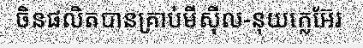
ចិនផលិតបានគ្រាប់មីស៊ីល-នុយក្លេអ៊ែរ